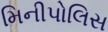
મિનીપોલિસ